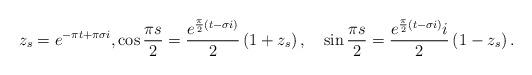
LaTeX: \begin{align*} z_s = e^{-\pi t + \pi \sigma i}, \cos\frac{\pi s}{2} = \frac{e^{\frac{\pi}{2}\left(t-\sigma i\right)}}{2} \left(1 + z_s\right), \quad \sin\frac{\pi s}{2} = \frac{e^{\frac{\pi}{2}\left(t-\sigma i\right)} i}{2} \left(1 - z_s\right).\end{align*}